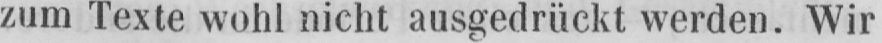
zum Texte wohl nicht ausgedrückt werden. Wir